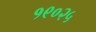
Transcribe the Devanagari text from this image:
१९०२५